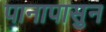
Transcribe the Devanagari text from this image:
पानापासुन